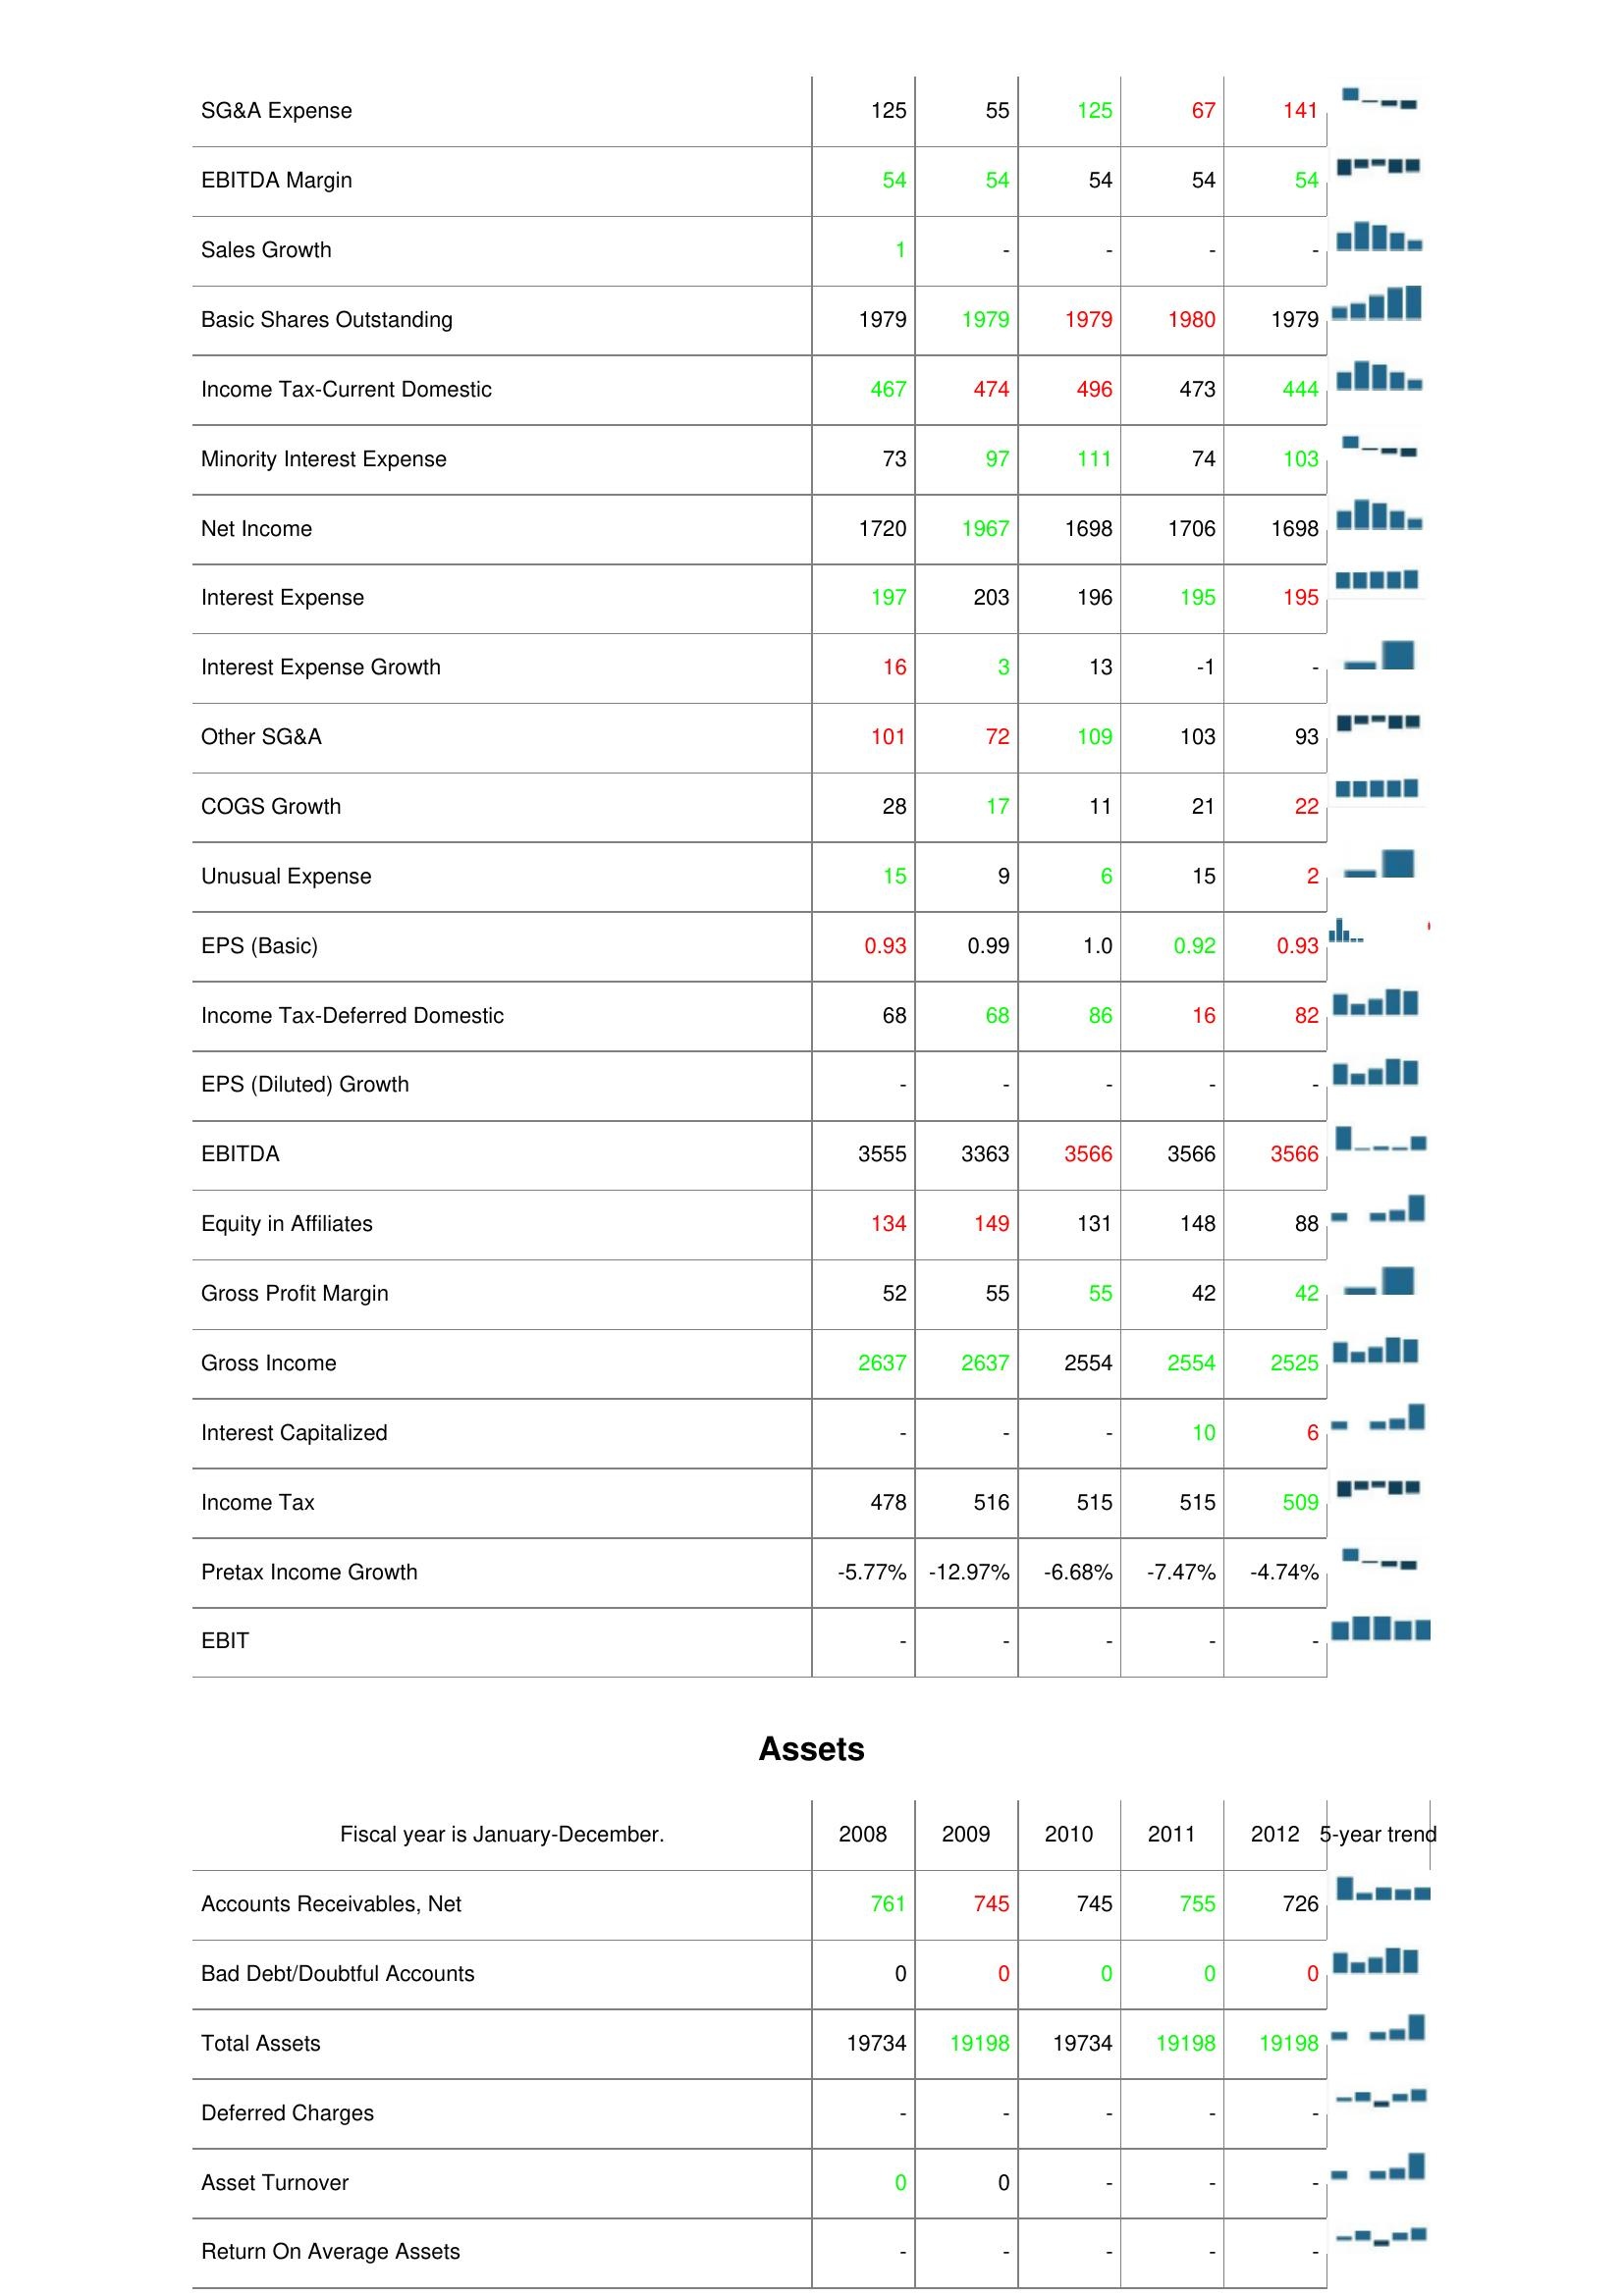
2008: : SG&A Expense: 125
EBITDA Margin: 54
Sales Growth: 1
Basic Shares Outstanding: 1979
Income Tax-Current Domestic: 467
Minority Interest Expense: 73
Net Income: 1720
Interest Expense: 197
Interest Expense Growth: 16
Other SG&A: 101
COGS Growth: 28
Unusual Expense: 15
EPS (Basic): 0.93
Income Tax-Deferred Domestic: 68
EPS (Diluted) Growth: -
EBITDA: 3555
Equity in Affiliates: 134
Gross Profit Margin: 52
Gross Income: 2637
Interest Capitalized: -
Income Tax: 478
Pretax Income Growth: -5.77%
EBIT: -
Assets: Accounts Receivables, Net: 761
Bad Debt/Doubtful Accounts: 0
Total Assets: 19734
Deferred Charges: -
Asset Turnover: 0
Return On Average Assets: -
2009: : SG&A Expense: 55
EBITDA Margin: 54
Sales Growth: -
Basic Shares Outstanding: 1979
Income Tax-Current Domestic: 474
Minority Interest Expense: 97
Net Income: 1967
Interest Expense: 203
Interest Expense Growth: 3
Other SG&A: 72
COGS Growth: 17
Unusual Expense: 9
EPS (Basic): 0.99
Income Tax-Deferred Domestic: 68
EPS (Diluted) Growth: -
EBITDA: 3363
Equity in Affiliates: 149
Gross Profit Margin: 55
Gross Income: 2637
Interest Capitalized: -
Income Tax: 516
Pretax Income Growth: -12.97%
EBIT: -
Assets: Accounts Receivables, Net: 745
Bad Debt/Doubtful Accounts: 0
Total Assets: 19198
Deferred Charges: -
Asset Turnover: 0
Return On Average Assets: -
2010: : SG&A Expense: 125
EBITDA Margin: 54
Sales Growth: -
Basic Shares Outstanding: 1979
Income Tax-Current Domestic: 496
Minority Interest Expense: 111
Net Income: 1698
Interest Expense: 196
Interest Expense Growth: 13
Other SG&A: 109
COGS Growth: 11
Unusual Expense: 6
EPS (Basic): 1.0
Income Tax-Deferred Domestic: 86
EPS (Diluted) Growth: -
EBITDA: 3566
Equity in Affiliates: 131
Gross Profit Margin: 55
Gross Income: 2554
Interest Capitalized: -
Income Tax: 515
Pretax Income Growth: -6.68%
EBIT: -
Assets: Accounts Receivables, Net: 745
Bad Debt/Doubtful Accounts: 0
Total Assets: 19734
Deferred Charges: -
Asset Turnover: -
Return On Average Assets: -
2011: : SG&A Expense: 67
EBITDA Margin: 54
Sales Growth: -
Basic Shares Outstanding: 1980
Income Tax-Current Domestic: 473
Minority Interest Expense: 74
Net Income: 1706
Interest Expense: 195
Interest Expense Growth: -1
Other SG&A: 103
COGS Growth: 21
Unusual Expense: 15
EPS (Basic): 0.92
Income Tax-Deferred Domestic: 16
EPS (Diluted) Growth: -
EBITDA: 3566
Equity in Affiliates: 148
Gross Profit Margin: 42
Gross Income: 2554
Interest Capitalized: 10
Income Tax: 515
Pretax Income Growth: -7.47%
EBIT: -
Assets: Accounts Receivables, Net: 755
Bad Debt/Doubtful Accounts: 0
Total Assets: 19198
Deferred Charges: -
Asset Turnover: -
Return On Average Assets: -
2012: : SG&A Expense: 141
EBITDA Margin: 54
Sales Growth: -
Basic Shares Outstanding: 1979
Income Tax-Current Domestic: 444
Minority Interest Expense: 103
Net Income: 1698
Interest Expense: 195
Interest Expense Growth: -
Other SG&A: 93
COGS Growth: 22
Unusual Expense: 2
EPS (Basic): 0.93
Income Tax-Deferred Domestic: 82
EPS (Diluted) Growth: -
EBITDA: 3566
Equity in Affiliates: 88
Gross Profit Margin: 42
Gross Income: 2525
Interest Capitalized: 6
Income Tax: 509
Pretax Income Growth: -4.74%
EBIT: -
Assets: Accounts Receivables, Net: 726
Bad Debt/Doubtful Accounts: 0
Total Assets: 19198
Deferred Charges: -
Asset Turnover: -
Return On Average Assets: -